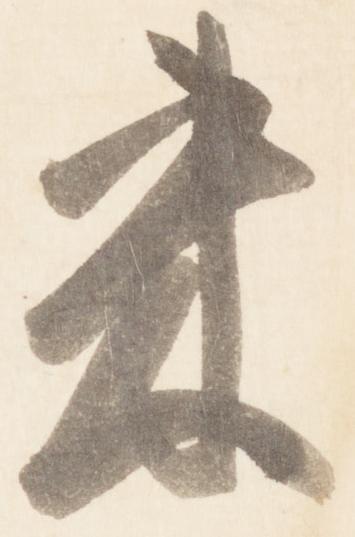
来